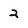
Character: 2